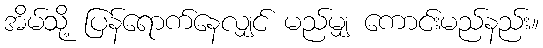
အိမ်သို့ ပြန်ရောက်နေလျှင် မည်မျှ ကောင်းမည်နည်း။